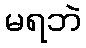
မရဘဲ